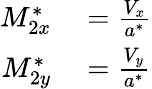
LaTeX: \begin{array}{rl}{M_{2x}^{*}}&{{}={\frac{V_{x}}{a^{*}}}}\\ {M_{2y}^{*}}&{{}={\frac{V_{y}}{a^{*}}}}\end{array}